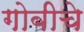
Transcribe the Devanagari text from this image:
गोबीचे